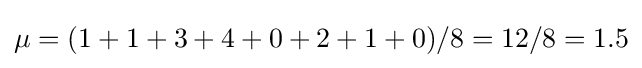
\mu =(1+1+3+4+0+2+1+0)/8=12/8=1.5